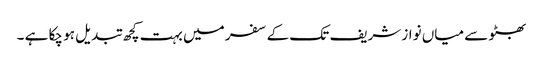
بھٹو سے میاں نواز شریف تک کے سفر میں بہت کچھ تبدیل ہو چکا ہے ۔